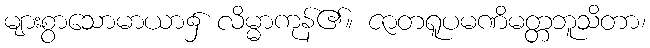
များစွာသောမာယာ၌ လိမ္မာကုန်၏။ ဇာတရူပမဏိမတ္တဘူသိတာ၊